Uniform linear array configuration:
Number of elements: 16
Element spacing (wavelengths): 1
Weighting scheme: kaiser
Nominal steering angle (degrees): -15
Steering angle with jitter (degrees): -14.51
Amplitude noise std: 0.05
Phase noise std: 0.05

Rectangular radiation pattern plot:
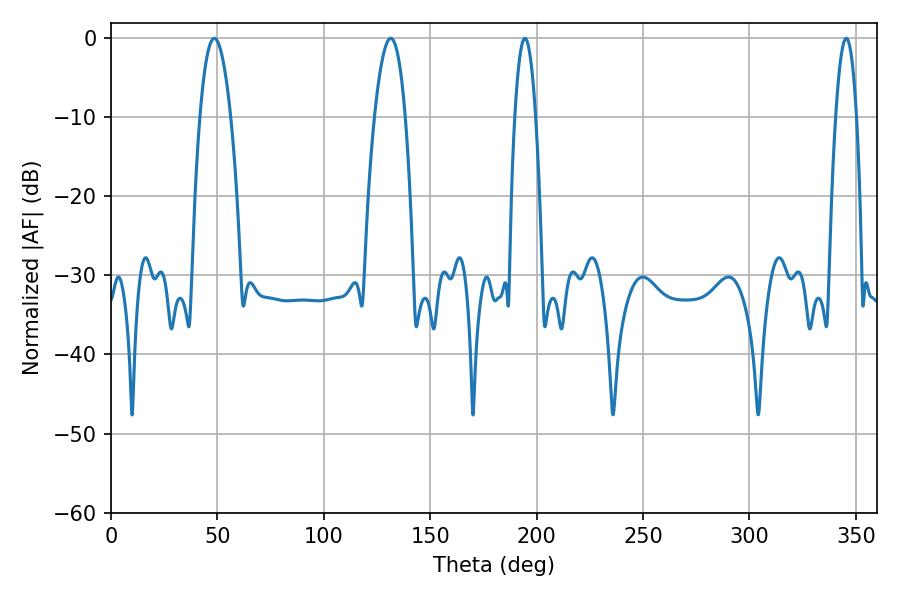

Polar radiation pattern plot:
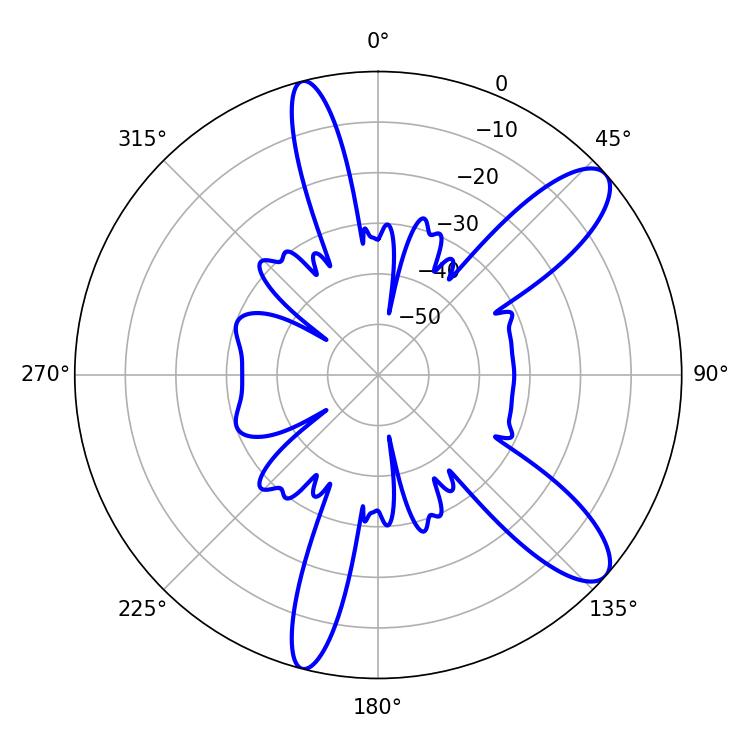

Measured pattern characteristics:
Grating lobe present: TRUE
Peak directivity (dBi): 10.623
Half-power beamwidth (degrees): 8.1
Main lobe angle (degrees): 48.6